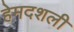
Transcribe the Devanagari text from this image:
हेमदशली